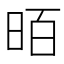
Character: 𱡿